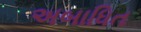
અબાધિત